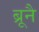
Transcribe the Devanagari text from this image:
ब्रूनै